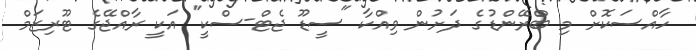
ހާއްސަކޮށް މި ބްރޭންޑުގެ ދަށުން ވިއްކާ "ސީޑޫ ޖެޓް-ސްކީ" އަކީ ރާއްޖޭގެ ޓޫރިޒަމް